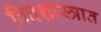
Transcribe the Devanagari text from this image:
वित्तशास्त्रात